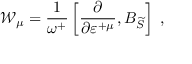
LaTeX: \mathcal { W } _ { \mu } = \frac 1 { \omega ^ { + } } \left[ \frac \partial { \partial \varepsilon ^ { + \mu } } , B _ { \widetilde { S } } \right] \; ,